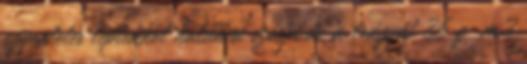
egyenletes léptekkel haladva szórja ki a trágyát 35 g m2